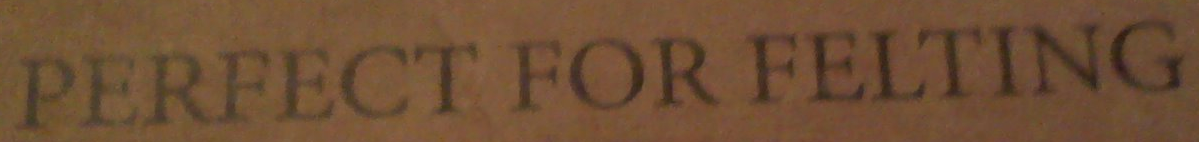
PERFECT FOR FELTING